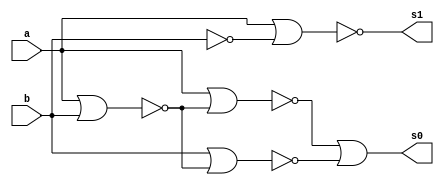
// ---------------------
// ---------------------
//  GUIA 05-Exercicio 02
//  CELSO R FRANA JR 404590 
// ---------------------

// ---------------------
// -- Meia-Diferenca
// ---------------------

module meiaDiferenca (s0, s1, a, b);

 output s0,s1;
 input a, b;
nor NAND1 (s0,s2,s2);
nor NAND2 (s2,s3,s4);
nor NAND3 (s3,a,s5);
nor NAND4 (s4,b,s5);
nor NAND5 (s5,a,b);
nor NAND6 (s1,a,s6);
nor NAND7 (s6,b,b);

 	
endmodule

// ---------------------
// --Diferenca-Completa
// ---------------------
module difCompleta (s0, s1, a, b, c);

input a, b, c;
output s0, s1;
meiaDiferenca d1 (d,v,a,b);
meiaDiferenca d2 (s0,v2,d,c);
nor NOR1 (t,v2,v);
nor NOR2 (s1,t,t);
//or (s1,v2,v);

endmodule

// ---------------------
// --Diferenca-2bits
// ---------------------
module diferenca (s0, s1, a0, a1, b0, b1);

input a0, a1, b0, b1;
output s0, s1;
meiaDiferenca d1 (s0, c1, a0, b0);
difCompleta d2 (s1, c2, a1, b1, c1);


endmodule



module testediferenca ( );

reg a0, a1, b0, b1;
wire s0, s1;

diferenca d (s0, s1, a0, a1, b0, b1);

  
  initial begin:start
   a0=0; a1=0; b0=0; b1=0; 
  end

  initial begin: main
 
   $display("Exercicio 05");
   $display("Celso R Franca Jr - 404590");
   $display("\n   Difrenca 2bits ( nor gates)");
	$display("aa - bb = ss");	
   $display("_________________\n");
	$monitor("%b%b - %b%b = %b%b",a1, a0, b1, b0, s1, s0);
   
	 
   #1 a0=0; a1=0; b0=0; b1=0; 
	#1 a0=0; a1=0; b0=0; b1=1;
	#1 a0=0; a1=0; b0=1; b1=0;
	#1 a0=0; a1=0; b0=1; b1=1;
   #1 a0=0; a1=1; b0=0; b1=0;
	#1 a0=0; a1=1; b0=0; b1=1;
   #1 a0=0; a1=1; b0=1; b1=0; 
	#1 a0=0; a1=1; b0=1; b1=1;
   #1 a0=1; a1=0; b0=0; b1=0;
	#1 a0=1; a1=0; b0=0; b1=1;
   #1 a0=1; a1=0; b0=1; b1=0;
   #1 a0=1; a1=0; b0=1; b1=1;
	#1 a0=1; a1=1; b0=0; b1=0;
	#1 a0=1; a1=1; b0=0; b1=1;
	#1 a0=1; a1=1; b0=1; b1=0;
	#1 a0=1; a1=1; b0=1; b1=1;
	
   #1 $display("_________________");
    
  end
endmodule